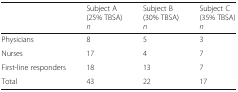
<table><thead><tr><td></td><td><b>Subject A (25% TBSA)<i>n</i></b></td><td><b>Subject B (30% TBSA)<i>n</i></b></td><td><b>Subject C (35% TBSA)<i>n</i></b></td></tr></thead><tbody><tr><td>Physicians</td><td>8</td><td>5</td><td>3</td></tr><tr><td>Nurses</td><td>17</td><td>4</td><td>7</td></tr><tr><td>First-line responders</td><td>18</td><td>13</td><td>7</td></tr><tr><td>Total</td><td>43</td><td>22</td><td>17</td></tr></tbody></table>